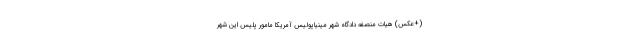
(+عکس) هیات منصفه دادگاه شهر مینیاپولیس آمریکا مامور پلیس این شهر